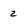
Character: 2